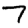
Digit: 7